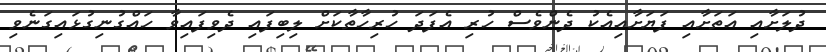
ދުލަށާއި އަތަށާއި ފަޔަށާއިއެކު ދެންވެސް ހުރި އެފަދަ ހުރިހާތާކަށް ލިބިފައި ދެވިފައިވާ ހައްގުނިގުޅައިގަނެވި